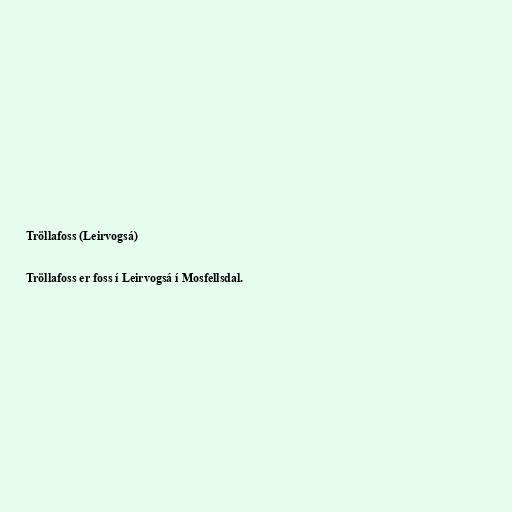
Tröllafoss (Leirvogsá)

Tröllafoss er foss í Leirvogsá í Mosfellsdal.